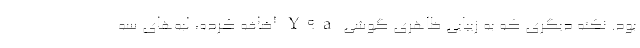
بود. نکته دیگری که به زیبایی ظاهری گوشی Y9a اضافه کرده، لبه‌های سه